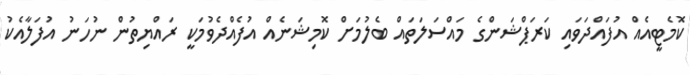
ކޮމެޓީއެއް އުފައްދަވައި ކަރަޕްޝަންގެ މައްސަލަތައް ބެލުމަށް ކޮމިޝަނެއް އުފެއްދެވުމަކީ ރައްޔިތުން ނުހަނު އުފަލާއެކު